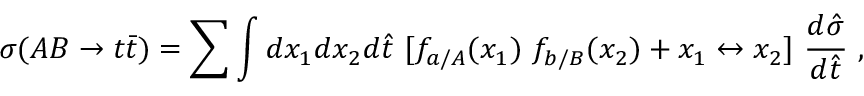
\sigma ( A B \rightarrow t \bar { t } ) = \sum \int d x _ { 1 } d x _ { 2 } d \hat { t } ~ \lbrack f _ { a / A } ( x _ { 1 } ) ~ f _ { b / B } ( x _ { 2 } ) + x _ { 1 } \leftrightarrow x _ { 2 } \rbrack ~ { \frac { d \hat { \sigma } } { d \hat { t } } } ~ ,